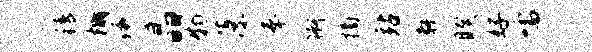
精棚琢晶物藻奉衙摘站教睽好嚅